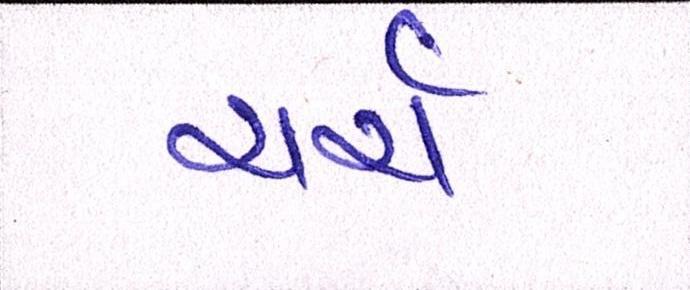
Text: ચર્ચ